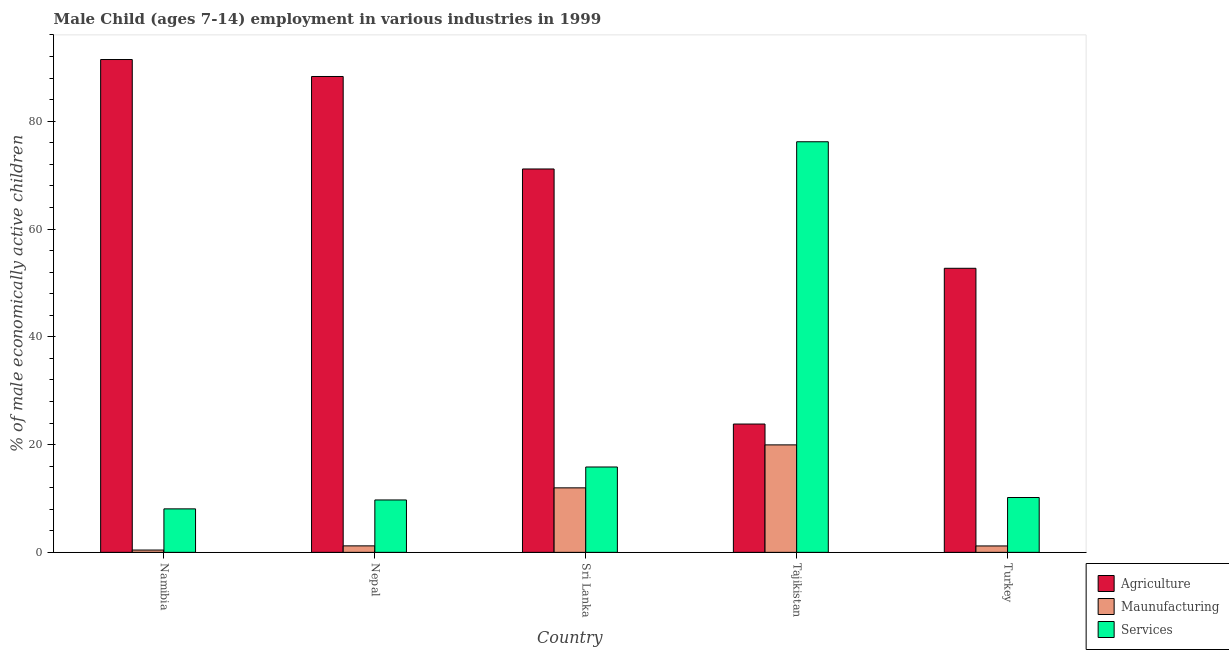
| Country | Agriculture | Maunufacturing | Services |
 | --- | --- | --- | --- |
 | Namibia | 91.5 | 0.43 | 8.07 |
 | Nepal | 88.3 | 1.2 | 9.72 |
 | Sri Lanka | 71.1 | 12 | 15.8 |
 | Tajikistan | 23.8 | 19.9 | 76.2 |
 | Turkey | 52.7 | 1.19 | 10.2 |